Indian journal of veterinary science and animal husbandry - Volumes 26-27, 1956-1957
Year: 1956
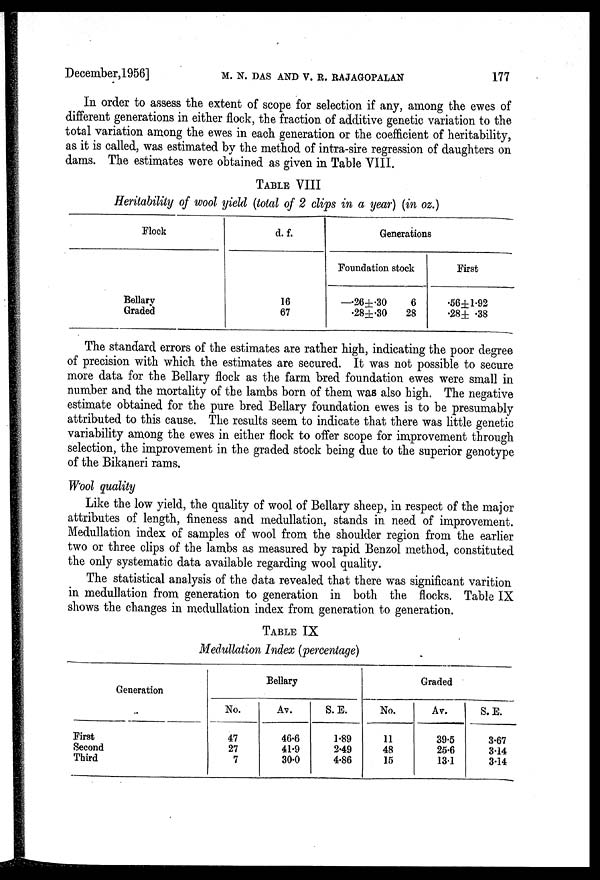
December,1956] M. N. DAS AND V. R. RAJAGOPALAN 177
In order to assess the extent of scope for selection if any, among the ewes of
different generations in either flock, the fraction of additive genetic variation to the
total variation among the ewes in each generation or the coefficient of heritability,
as it is called, was estimated by the method of intra-sire regression of daughters on
dams. The estimates were obtained as given in Table VIII.
TABLE VIII
Heritability of wool yield (total of 2 clips in a year) (in oz.)
Flock
Bellary
Graded
d. f.
16
67
Generations
Foundation stock
—.26±.30
6
.28±.30
28
First
.56± 1.92
.28± .38
The standard errors of the estimates are rather high, indicating the poor degree
of precision with which the estimates are secured. It was not possible to secure
more data for the Bellary flock as the farm bred foundation ewes were small in
number and the mortality of the lambs born of them was also high. The negative
estimate obtained for the pure bred Bellary foundation ewes is to be presumably
attributed to this cause. The results seem to indicate that there was little genetic
variability among the ewes in either flock to offer scope for improvement through
selection, the improvement in the graded stock being due to the superior genotype
of the Bikaneri rams.
Wool quality
Like the low yield, the quality of wool of Bellary sheep, in respect of the major
attributes of length, fineness and medullation, stands in need of improvement.
Medullation index of samples of wool from the shoulder region from the earlier
two or three clips of the lambs as measured by rapid Benzol method, constituted
the only systematic data available regarding wool quality.
The statistical analysis of the data revealed that there was significant varition
in medullation from generation to generation in both the flocks. Table IX
shows the changes in medullation index from generation to generation.
TABLE IX
Medullation Index (percentage)
Generation
First
Second
Third
Bellary
No.
47
27
7
Av.
46.6
41.9
30.0
S. E.
1.89
2.49
4.86
Graded
No.
11
48
15
Av.
39.5
25.6
13.1
S. E.
3.67
3.14
3.14